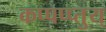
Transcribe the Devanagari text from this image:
कप्पप्प्तुय्